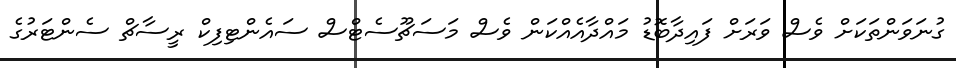
ގުނަވަންތަކަށް ވެސް ވަރަށް ފައިދާބޮޑު މައްދާއެއްކަން ވެސް މަސަޗޫސެޓްސް ސައެންޓިފިކް ރީސާޗް ސެންޓަރުގެ